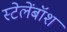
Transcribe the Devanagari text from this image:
स्टेलेंबॉश